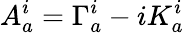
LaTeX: A_{a}^{i}=\Gamma_{a}^{i}-iK_{a}^{i}